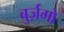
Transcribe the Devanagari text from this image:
बुर्ज़गो